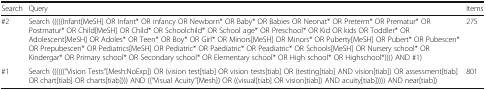
| Search | Query | Items |
 | --- | --- | --- |
 | #2 | Search (((((Infant[MeSH] OR Infant* OR infancy OR Newborn* OR Baby* OR Babies OR Neonat* OR Preterm* OR Prematur* OR Postmatur* OR Child[MeSH] OR Child* OR Schoolchild* OR School age* OR Preschool* OR Kid OR kids OR Toddler* OR Adolescent[MeSH] OR Adoles* OR Teen* OR Boy* OR Girl* OR Minors[MeSH] OR Minors* OR Puberty[MeSH] OR Pubert* OR Pubescen* OR Prepubescen* OR Pediatrics[MeSH] OR Pediatric* OR Paediatric* OR Peadiatric* OR Schools[MeSH] OR Nursery school* OR Kindergar* OR Primary school* OR Secondary school* OR Elementary school* OR High school* OR Highschool*)))) AND #1) | 275 |
 | #1 | Search ((((((“Vision Tests”[Mesh:NoExp]) OR (vision test[tiab] OR vision tests[tiab] OR (testing[tiab] AND vision[tiab]) OR assessment[tiab] OR chart[tiab] OR charts[tiab]))) AND ((“Visual Acuity”[Mesh]) OR ((visual[tiab] OR vision[tiab]) AND acuity[tiab])))) AND near[tiab]) | 801 |